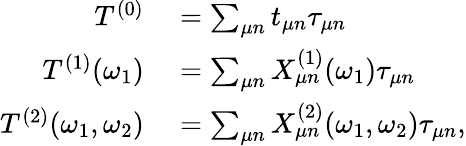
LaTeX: \begin{array}{rl}{T^{(0)}}&{{}=\sum_{\mu n}t_{\mu n}\tau_{\mu n}}\\ {T^{(1)}(\omega_{1})}&{{}=\sum_{\mu n}X_{\mu n}^{(1)}(\omega_{1})\tau_{\mu n}}\\ {T^{(2)}(\omega_{1},\omega_{2})}&{{}=\sum_{\mu n}X_{\mu n}^{(2)}(\omega_{1},\omega_{2})\tau_{\mu n},}\end{array}